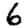
Digit: 6